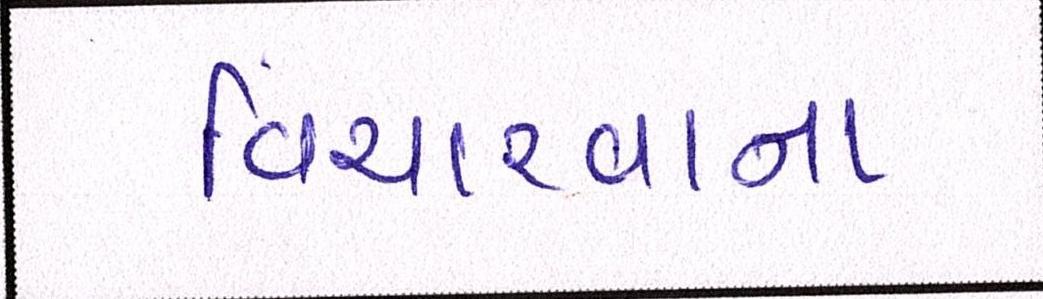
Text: વિચારવાના